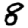
Digit: 8